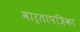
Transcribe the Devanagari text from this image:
वार्तापत्रिका